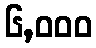
၆,၀၀၀